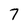
Character: 7